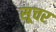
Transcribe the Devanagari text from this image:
सूचर